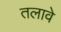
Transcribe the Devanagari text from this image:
तलावे